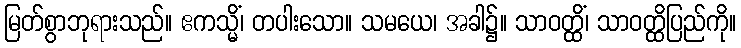
မြတ်စွာဘုရားသည်။ ဧကသ္မိံ၊ တပါးသော။ သမယေ၊ အခါ၌။ သာဝတ္ထိံ၊ သာဝတ္ထိပြည်ကို။